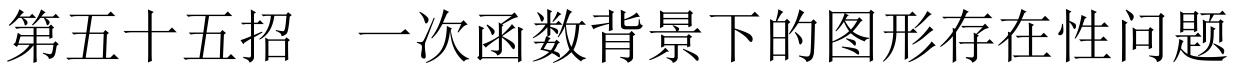
第五十五招  一次函数背景下的图形存在性问题